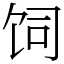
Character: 饲